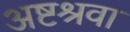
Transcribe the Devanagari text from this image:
अष्टश्रवा